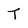
Character: T